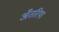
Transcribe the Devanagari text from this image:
अँतरिया